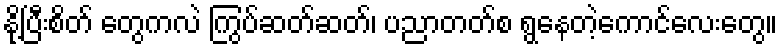
နို့ပြီးစိတ် တွေကလဲ ကြွပ်ဆတ်ဆတ်၊ ပညာတတ်စ ရွနေတဲ့ကောင်လေးတွေ။